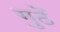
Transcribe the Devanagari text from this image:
गुठें